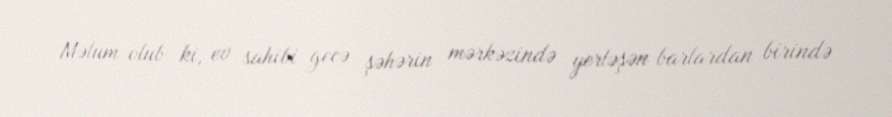
Məlum olub ki, ev sahibi gecə şəhərin mərkəzində yerləşən barlardan birində